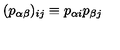
( p _ { \alpha \beta } ) _ { i j } \equiv p _ { \alpha i } p _ { \beta j }